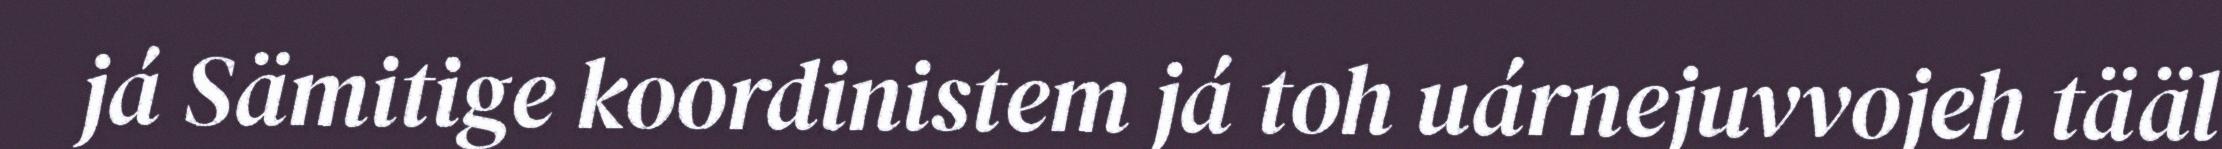
já Sämitige koordinistem já toh uárnejuvvojeh tääl